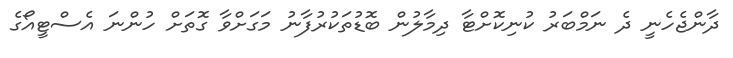
ދާންޖެހެނީ ދެ ނަމްބަރު ކުނިކޮށްޓާ ދިމާލުން ބޮޑުތަކުރުފާނު މަގަށްވާ ގޮތަށް ހުންނަ އެސްޓީއޯގެ